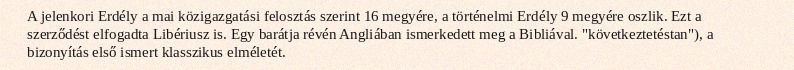
A jelenkori Erdély a mai közigazgatási felosztás szerint 16 megyére, a történelmi Erdély 9 megyére oszlik. Ezt a szerződést elfogadta Libériusz is. Egy barátja révén Angliában ismerkedett meg a Bibliával. "következtetéstan"), a bizonyítás első ismert klasszikus elméletét.